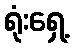
ရုံးရှေ့